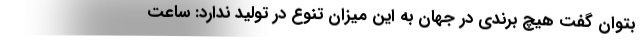
بتوان گفت هیچ برندی در جهان به این میزان تنوع در تولید ندارد: ساعت